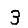
Digit: 3